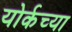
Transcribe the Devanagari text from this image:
योर्कच्या